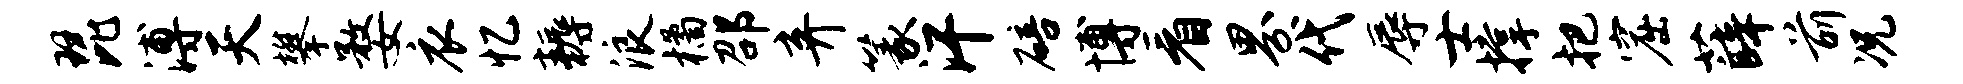
琵溥天攀婺衣忆耨浪橘邵弃篆汗碚博看界代辱士撑把窟薛前况